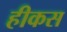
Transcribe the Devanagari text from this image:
हीकस